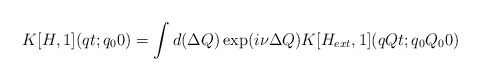
\begin{align*}K[H,1](qt;q_00) = \int d(\Delta Q) \exp(i\nu \Delta Q) K[H_{ext},1](qQt;q_0Q_00) \end{align*}